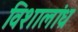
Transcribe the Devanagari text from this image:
विशालांध्र